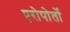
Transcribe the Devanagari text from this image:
एरोपोर्तो